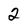
Character: 2